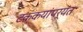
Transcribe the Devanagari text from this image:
टककयांपर्यंत